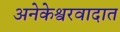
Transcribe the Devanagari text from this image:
अनेकेश्वरवादात